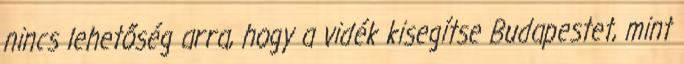
nincs lehetőség arra, hogy a vidék kisegítse Budapestet, mint